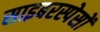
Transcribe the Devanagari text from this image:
साइबरस्पेसों